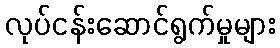
လုပ်ငန်းဆောင်ရွက်မှုများ